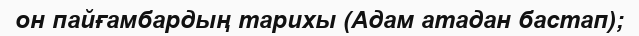
он пайғамбардың тарихы (Адам атадан бастап);